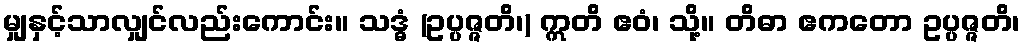
မျှနှင့်သာလျှင်လည်းကောင်း။ သဒ္ဓံ (ဥပ္ပဇ္ဇတိ၊) ဣတိ ဧဝံ၊ သို့။ တိဓာ ဧကတော ဥပ္ပဇ္ဇတိ၊